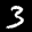
Label: 3